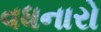
વધનારો